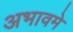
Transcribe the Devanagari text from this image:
अभावमे